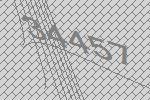
34457